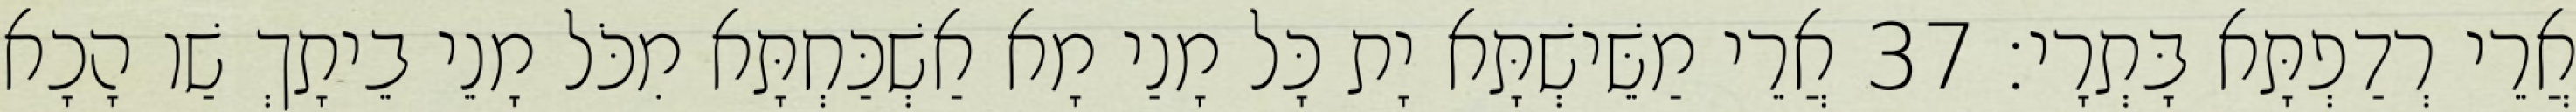
אֲרֵי רְדַפְתָּא בָּתְרָי׃ 37 אֲרֵי מַשֵּׁישְׁתָּא יָת כָּל מָנַי מָא אַשְׁכַּחְתָּא מִכֹּל מָנֵי בֵיתָךְ שַׁו הָכָא